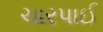
ચારપાઈ